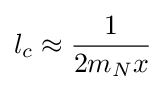
l_{c}\approx {\frac {1}{2m_{N}x}}